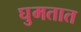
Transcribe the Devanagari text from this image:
घुमतात